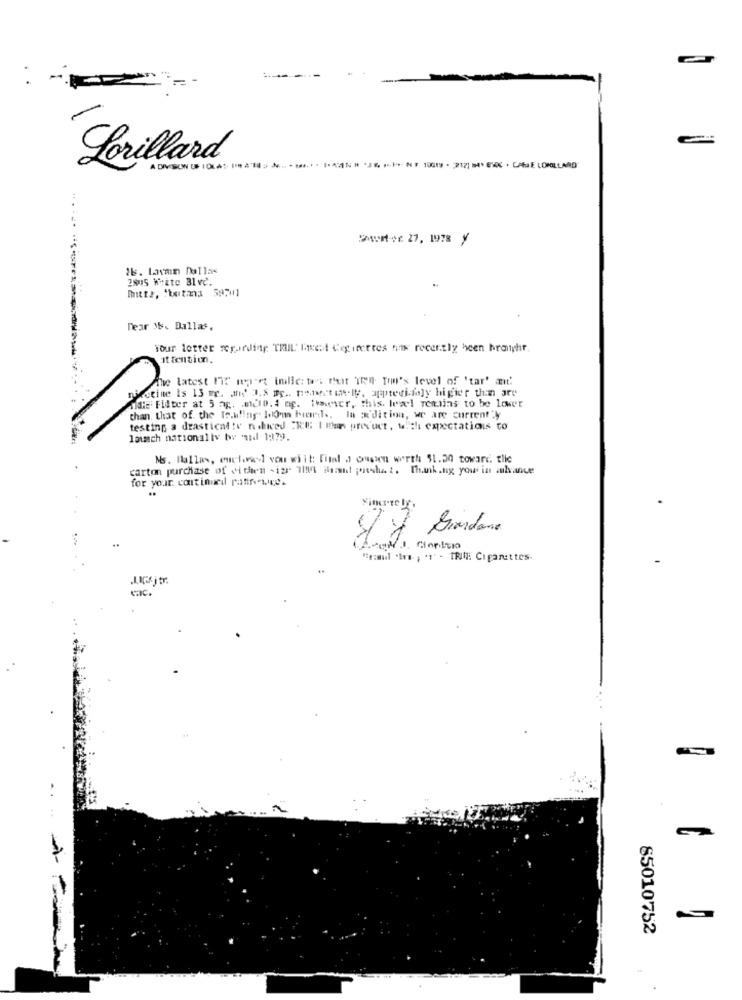
Lorillard
.... * *---- 10019 -212] 84º E · CARJE LOPILLARO
:AuHt-+ 27, 1978 y
Is. Lavmn Dallas
2805 White Blvd.
Dear IS. Dallas.
Your letter regarding TRUIL' Isest Cegimcertes has recently been branight.
it tention.
The latest Ihr nyert indieto cut Ten Tom's level of 'tar' at"
ctine Is 13 me. and 1.8 pc .. Howst in. Iy, apprecifoly higher thin are
aide Filter at 5 ng. mcp. 4 ng. iwwer, this. Iewel remains to be lower
chan, that of the Is.wfing Ido-m Ford .. la xdition, we are current"y
testing a drastical !v nchiced "Il I man product, w.chi expectations to
lausch nationally twe aid 1979.
Ms. Hallas, euctores] vou whit Fiel a ousen worth $1.20 toward. tlie
carton purchase of vi dien -izr 1I4 Basant pueshat. Thank.ng yow in mlvance
for your continueil rafirewire.
"rasul "tra ; '1' - TRIli Cigarettes.
65010752